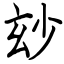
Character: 玅